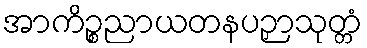
အာကိဉ္စညာယတနပဉှာသုတ္တံ